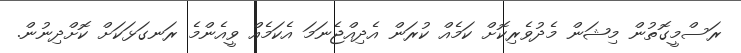
ރަސްމީގޮތުން މިޝަން މެދުވެރިކޮށް ކަމެއް ކުރަން އެދިއްޖެނަމަ އެކަމެއް ވީއެންމެ ރަނގަޅަކަށް ކޮށްދިނުން.